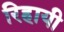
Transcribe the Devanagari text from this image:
रिहायी